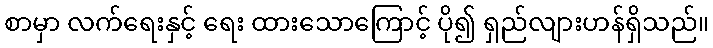
စာမှာ လက်ရေးနှင့် ရေး ထားသောကြောင့် ပို၍ ရှည်လျားဟန်ရှိသည်။